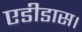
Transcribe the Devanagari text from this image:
एडीडास।